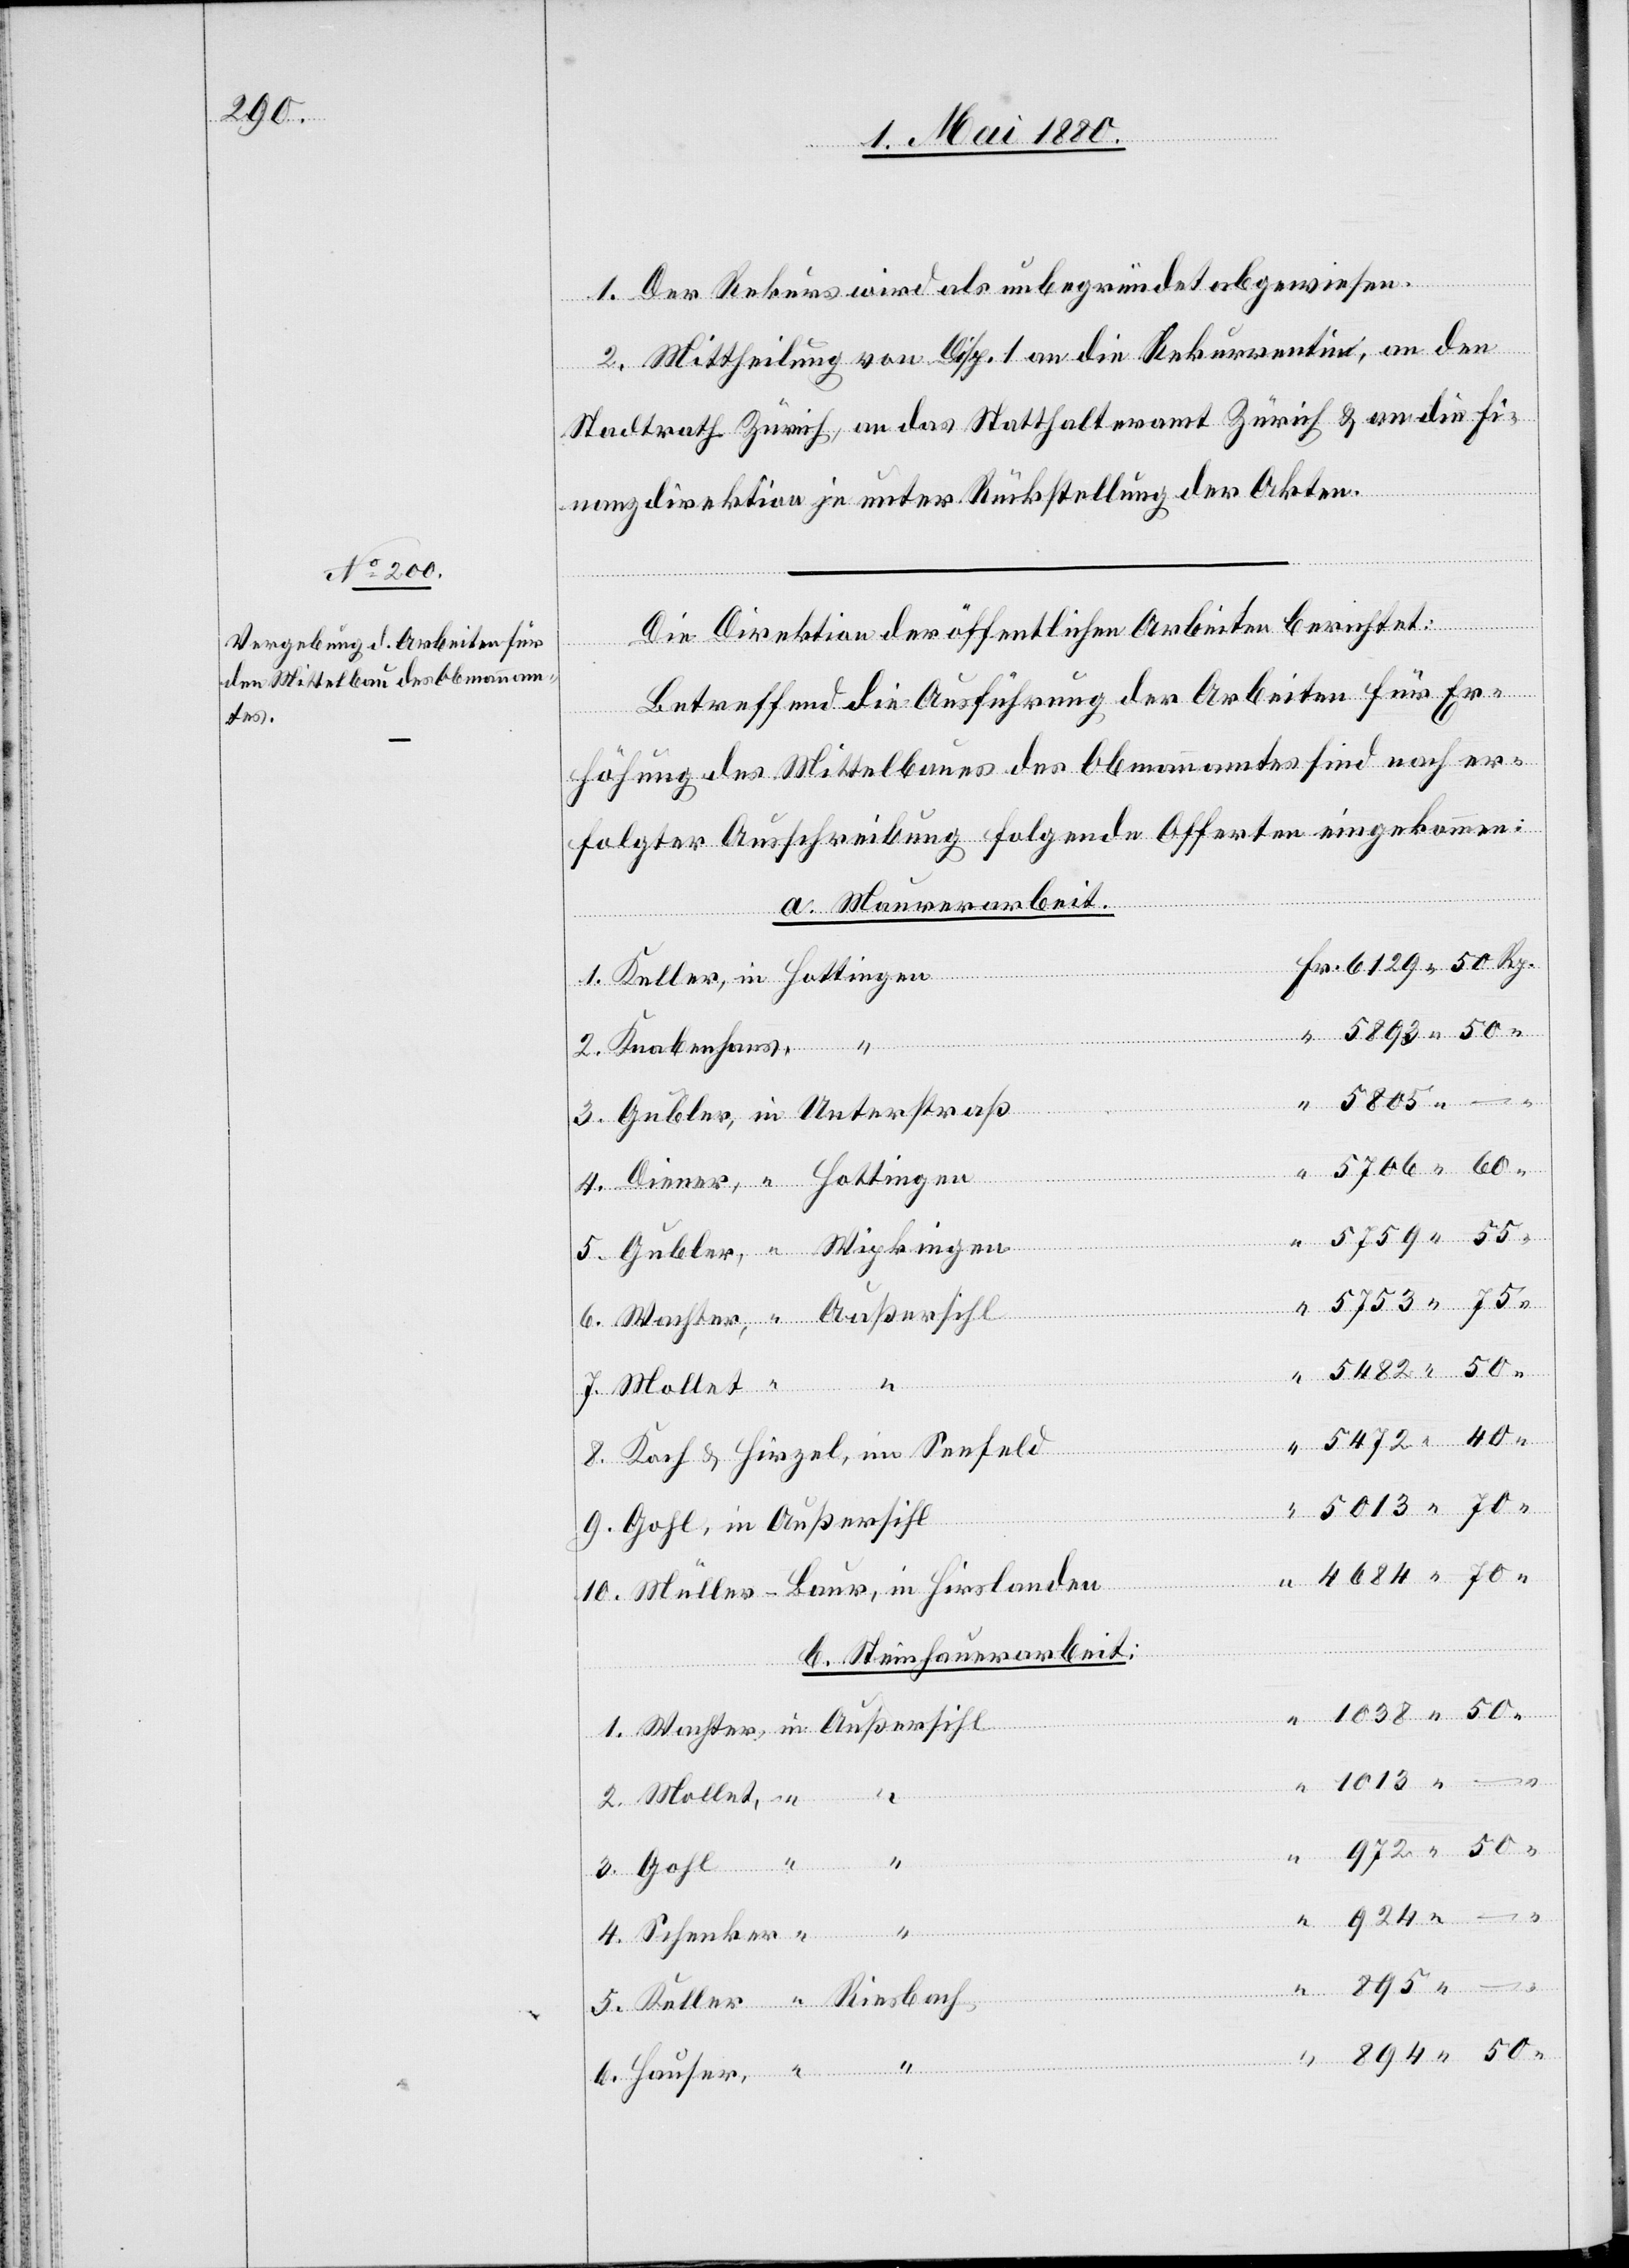
894.

1. Der Rekurs wird als unbegründet abgewiesen.
2. Mittheilung von Disp. 1 an die Rekurrentin, an den
Stadtrath Zürich, an das Statthalteramt Zürich & an die Fi¬
nanzdirektion je unter Rückstellung der Akten.
Die Direktion der öffentlichen Arbeiten berichtet:
3.
Betreffend die Ausführung der Arbeiten für Er¬
höhung des Mittelbaues des Obmannamtes sind nach er¬
folgter Ausschreibung folgende Offerten eingekommen:
a. Maurerarbeit.
Schen¬
er,
5805.
4684.
50
.
1.
Koch & Hirzel, im Seefeld
2.
Müller-Baur, in Hirslanden
b. Steinhauerarbeit:
1013.
4.
Wipkingen
1.
Wachter,